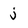
Character: j